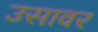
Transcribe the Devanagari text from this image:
उसावर